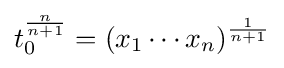
t_{0}^{\frac {n}{n+1}}=({x_{1}\cdots x_{n}})^{\frac {1}{n+1}}